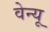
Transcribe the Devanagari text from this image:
वेन्यू